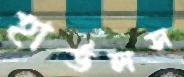
হার্ডলস